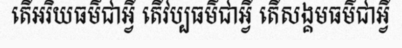
តើអរិយធម៌ជាអ្វី តើវប្បធម៌ជាអ្វី តើសង្គមធម៌ជាអ្វី